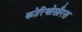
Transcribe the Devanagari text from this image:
कोरिथोसौरस